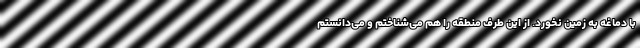
با دماغه به زمین نخورد. از این طرف منطقه را هم می‌شناختم و می‌دانستم